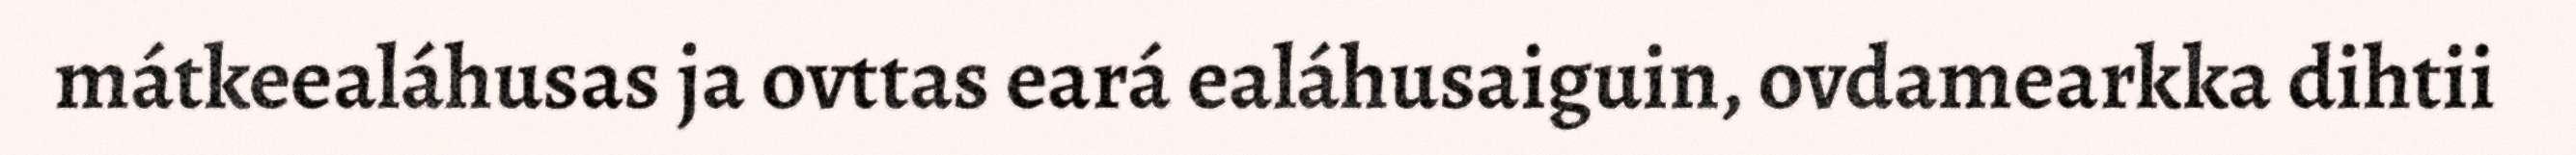
mátkeealáhusas ja ovttas eará ealáhusaiguin, ovdamearkka dihtii